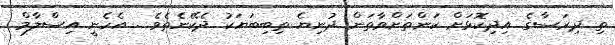
ތި ދިރަސާގެ އިދިކޮޅަށް ކަންތަށްވާތަން ދުނިޔެ ތިބިބަޔަކު ދެކޭނެތެވެ . އެހެނީ އިސްލާމް